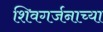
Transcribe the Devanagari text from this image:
शिवगर्जनाच्या